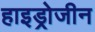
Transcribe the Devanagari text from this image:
हाइड्रोजीन